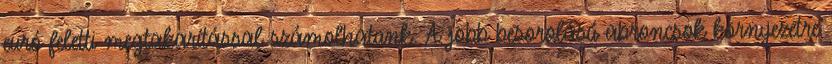
euró feletti megtakarítással számolhatunk. A jobb besorolású abroncsok környezetre